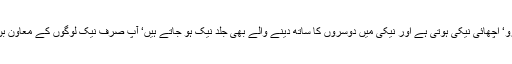
فرمایا اچھے کاموں میں دوسروں کی مدد کیا کرو‘ اچھائی نیکی ہوتی ہے اور نیکی میں دوسروں کا ساتھ دینے والے بھی جلد نیک ہو جاتے ہیں‘ آپ صرف نیک لوگوں کے معاون بن جائیں آپ نیکوں سے بھی آگے نکل جائیں گے۔